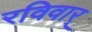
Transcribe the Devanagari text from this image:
रविवार्